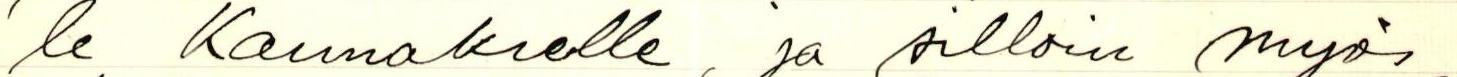
le Kannakselle ja silloin myös